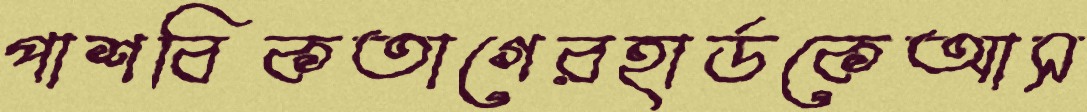
পাশবিকতাগেরহার্ডকেআস